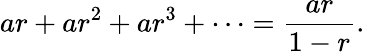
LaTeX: ar+ar^{2}+ar^{3}+\cdots={\frac{ar}{1-r}}.